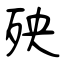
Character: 殃